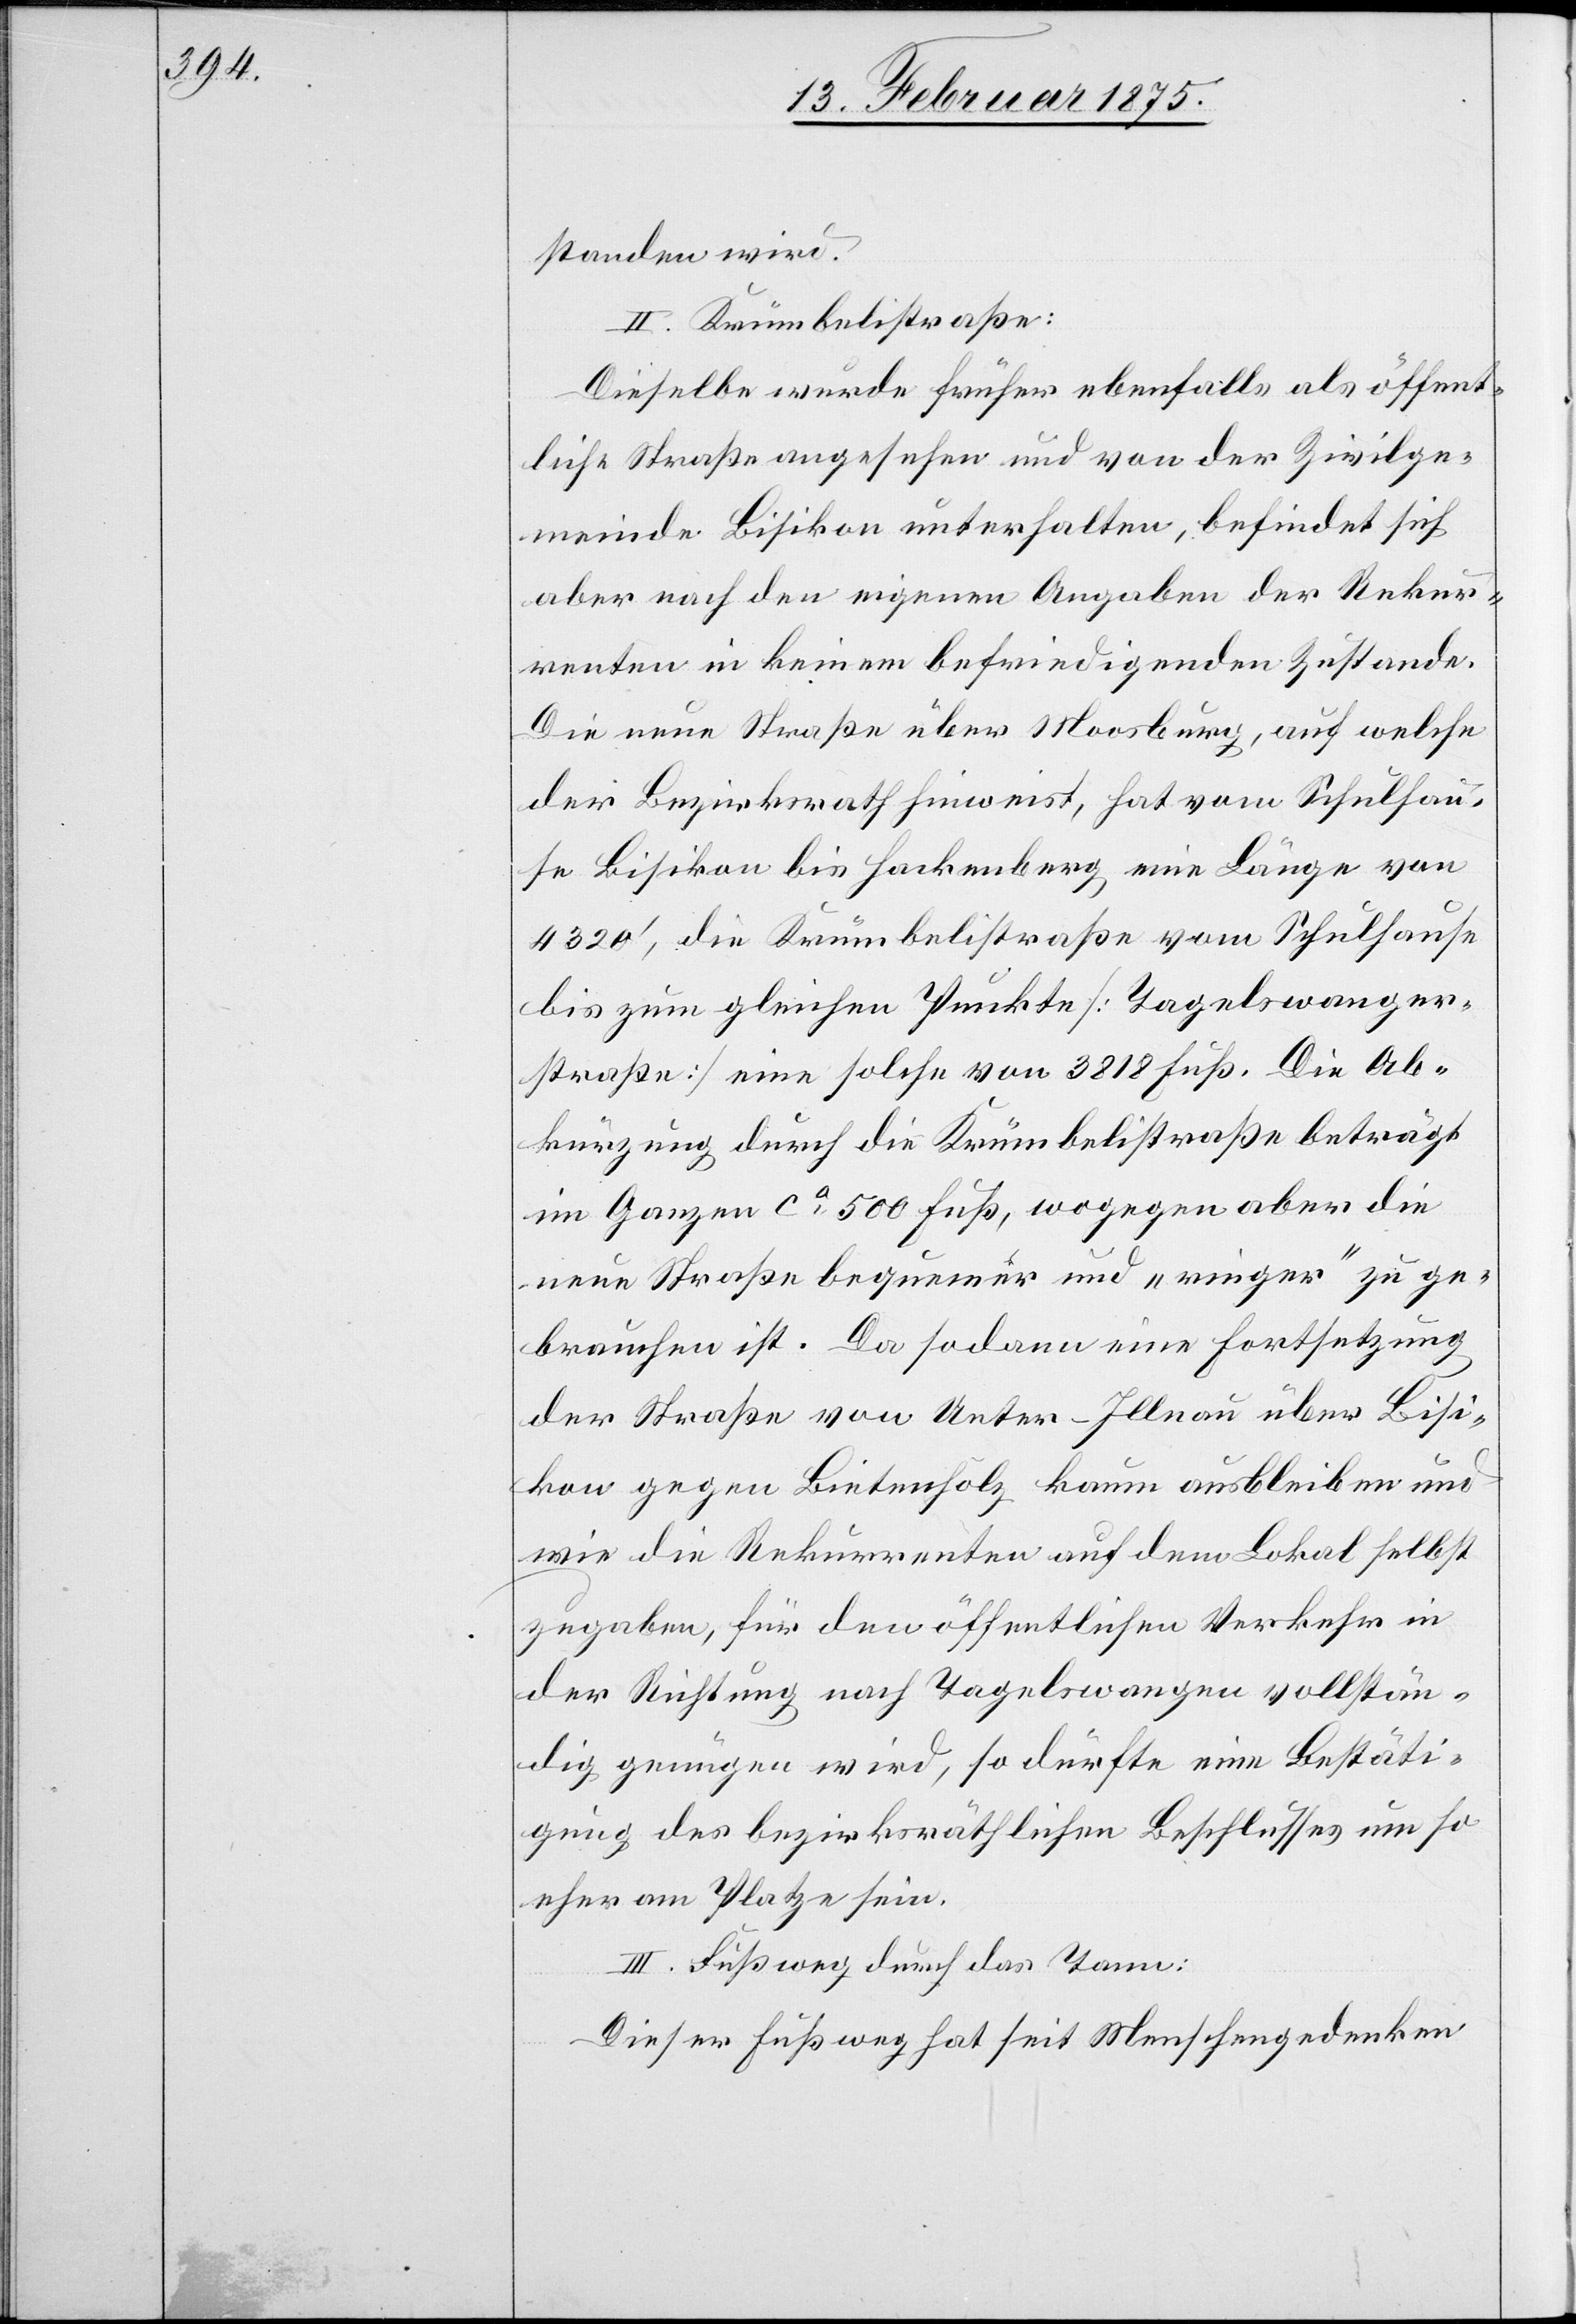
standen wird.
II. Krümbelistraße
Dieselbe wurde früher ebenfalls als öffent¬
liche Straße angesehen und von der Zivilge¬
meinde Bisikon unterhalten, befindet sich
aber nach den eigenen Angaben der Rekur¬
renten in keinem befriedigenden Zustande.
Die neue Straße über Moosburg, auf welche
der Bezirksrath hinweist, hat vom Schulhau¬
se Bisikon bis Hackenberg eine Länge von
4320‘, die Krümbelistraße vom Schulhause
bis zum gleichen Punkte (Tagelswanger¬
straße) eine solche von 3818 Fuß. Die Ab¬
kürzung durch die Krümbelistraße beträgt
im Ganzen ca 500 Fuß, wogegen aber die
neue Straße bequemer und „ringer“ zu ge¬
brauchen ist. Da sodann eine Fortsetzung
der Straße von Unter-Illnau über Bisi¬
kon gegen Bietenholz kaum ausbleiben und
wie die Rekurrenten auf dem Lokal selbst
zugaben, für den öffentlichen Verkehr in
der Richtung nach Tagelswangen vollstän¬
dig genügen wird, so dürfte eine Bestäti¬
gung des bezirksräthlichen Beschlusses um so
eher am Platze sein.
III. Fußweg durch das Tann:
Dieser Fußweg hat seit Menschengedenken